Vaccination in the Punjab 1867-1880 - 1867-1880
Year: 1867
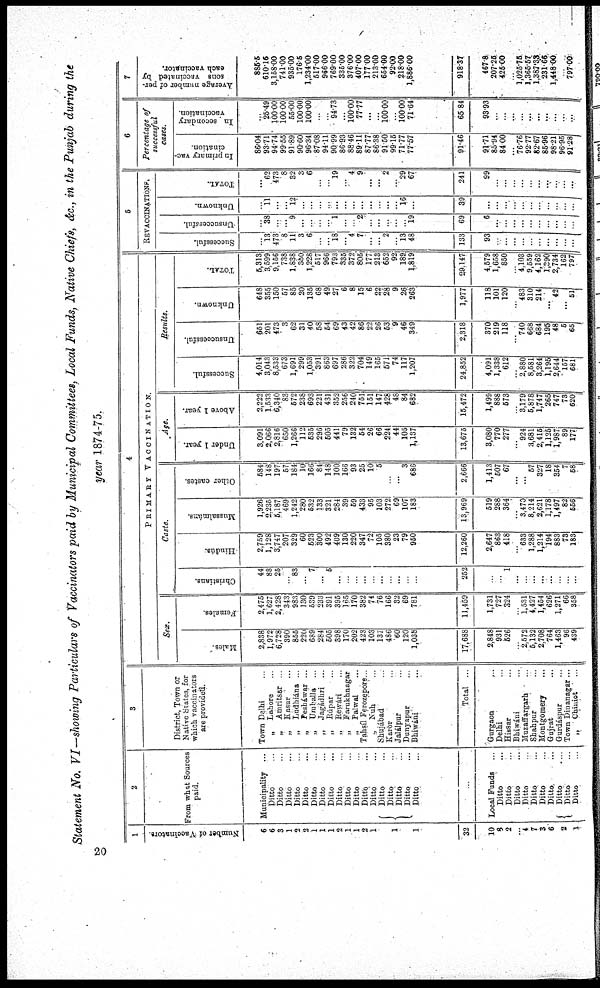
Statement No. VI—showing Particulars of Vaccinators paid by Municipal Committees, Local Funds, Native Chiefs, &c., in the Punjab during the
year 1874-75.
1
Number of Vaccinators.
6
6
3
1
2
2
1
1
1
2
1
1
2
1
1
1
32
10
8
2
...
4
7
3
6
2
1
2
From what Sources
paid.
Municipality ...
Ditto ...
Ditto ...
Ditto ...
Ditto ...
Ditto ...
Ditto ...
Ditto ...
Ditto ...
Ditto ...
Ditto ...
Ditto ...
Ditto ...
Ditto ...
Ditto ...
Ditto ...
Ditto ...
Ditto ...
Ditto ...
...
Local Funds ...
Ditto ...
Ditto ...
Ditto ...
Ditto ...
Ditto ...
Ditto ...
Ditto ...
Ditto ...
Ditto ...
Ditto ...
3
District, Town or
Native States, for
which vaccinators
are provided.
Town Delhi ...
„ Lahore ...
„ Amritsar ...
„ Kasur ...
„ Ludhiána ...
„ Pesháwar ...
„ Umballa ...
„ Jagádhri ...
„ Rúpar ...
„ Rewári ...
„ Farukhnagar
., Palwal ...
Tahsíl Ferozepore...
„ Nuh ...
Shujábad ...
Karor ...
Jalálpur ...
Dunyapur ...
Bhiwáni ...
Total ...
Gurgaon ...
Delhi ...
Hissar ...
Bhiwáni ...
Muzaffargarh ...
Shahpur ...
Montgomery ...
Gujrat ...
Gurdáspur ...
Town Diuanagar ...
„ Chiniot ...
4
PRIMARY VACCINATION.
Sex.
Males.
2,838
1,972
6,728
390
855
220
689
284
605
398
170
202
423
103
137
486
60
120
1,038
17,688
2,848
931
526
...
2,572
5,132
2,708
764
1,463
96
439
Females.
2,475
1,627
2,428
343
983
130
539
233
391
395
165
170
382
74
76
166
32
69
781
11,459
1,731
727
324
1,531
4,427
1,454
626
1,271
66
358
Caste.
Christians.
44
88
25
...
83
...
7
...
5
...
...
...
...
...
...
...
...
...
...
252
...
...
1
...
...
...
...
...
...
...
...
Hindus.
2,759
1,128
3,747
207
329
60
523
300
492
409
130
220
347
72
105
380
23
79
950
12,260
2,647
863
418
...
633
1,288
1,214
194
883
73
183
Mussalmáns.
1,926
2,235
5,187
469
1,242
280
532
133
321
284
39
59
433
95
103
272
69
107
183
13,969
519
288
364
...
3,470
8,214
2,621
1,178
1,497
82
556
Other castes.
584
148
197
57
184
10
166
84
148
100
166
93
25
10
5
...
...
3
686
2,666
1,413
507
67
...
...
57
327
18
354
7
58
Age.
Under 1 year.
3,091
2,066
2,816
650
1,266
112
535
296
505
441
79
132
54
26
66
224
44
105
1,137
13,675
3,080
770
277
...
924
3,681
2,415
1,126
1,987
89
177
Above 1 year.
2,222
1,533
6,340
83
572
238
693
221
431
352
256
240
751
151
147
428
48
84
682
15,472
1,499
888
573
...
3,179
5,878
1,747
265
747
73
620
Results.
Successful.
4,014
3,043
8,533
673
1,691
299
1,053
391
863
697
286
322
704
149
165
571
74
117
1,207
24,852
4,091
1,338
612
...
2,880
8,581
3,264
1,195
2,644
157
681
Unsuccessful.
651
201
473
3
62
31
40
58
54
69
43
42
86
22
26
53
9
46
349
2,318
370
219
118
...
740
668
684
195
48
5
65
Unknown.
648
355
150
57
85
20
135
68
49
27
6
8
15
6
22
28
9
26
263
1,977
118
101
120
...
483
310
214
...
42
...
51
TOTAL.
5,313
3,599
9,156
738
1,838
350
1,228
517
966
793
335
372
805
177
213
652
92
189
1,819
29,147
4,579
1,658
850
...
4,103
9,559
4,162
1,390
2,734
162
797
5
REVACCINATIONS
Successful.
...
13
473
8
11
3
6
...
...
18
...
4
7
...
...
2
...
13
48
133
93
...
...
...
...
...
...
...
...
...
...
Unsuccessful.
...
38
...
...
9
...
...
...
...
1
...
...
2
...
...
...
...
...
19
69
6
...
...
...
...
...
...
...
...
...
...
Unknown.
...
11
...
...
12
...
...
...
...
...
...
...
...
...
...
...
...
16
...
39
...
...
...
...
...
...
...
...
...
...
TOTAL.
...
62
473
8
32
3
6
...
...
19
4
9
2
29
67
241
99
... ...
...
...
...
...
...
...
...
6
Percentage of
successful
c
In primary vac-
cination.
86.04
93.71
94.74
99.55
91.89
90.60
96.34
87.08
94.11
90.99
86.93
88.46
89.11
87.77
86.38
91.50
99.16
71.77
77.57
91.46
91.71
85.94
84.00
...
76.76
92.77
82.67
86.96
98.21
96.95
81.28
In secondary
vaccination.
...
25.49
100.00
100.00
55.00
100.00
100.00
...
...
94.73
...
100.00
77.77
...
...
100.00
...
100.00
71.64
65 84
93.93
...
...
...
...
...
...
...
...
...
7
Average number of per-
sons vaccinated by
each vaccinator.
885.5
610.15
3,158.00
741.00
935.00
176.5
1,234.00
517.00
966.00
769.00
335.00
376.00
407.00
177 00
213.00
654.00
92.00
218.00
1,886.00
918.37
467.8
207.25
425.00
...
1,025.75
1,365.57
1,387.33
231-66
1,448.00
... 797.00
20